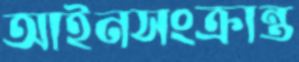
আইনসংক্রান্ত